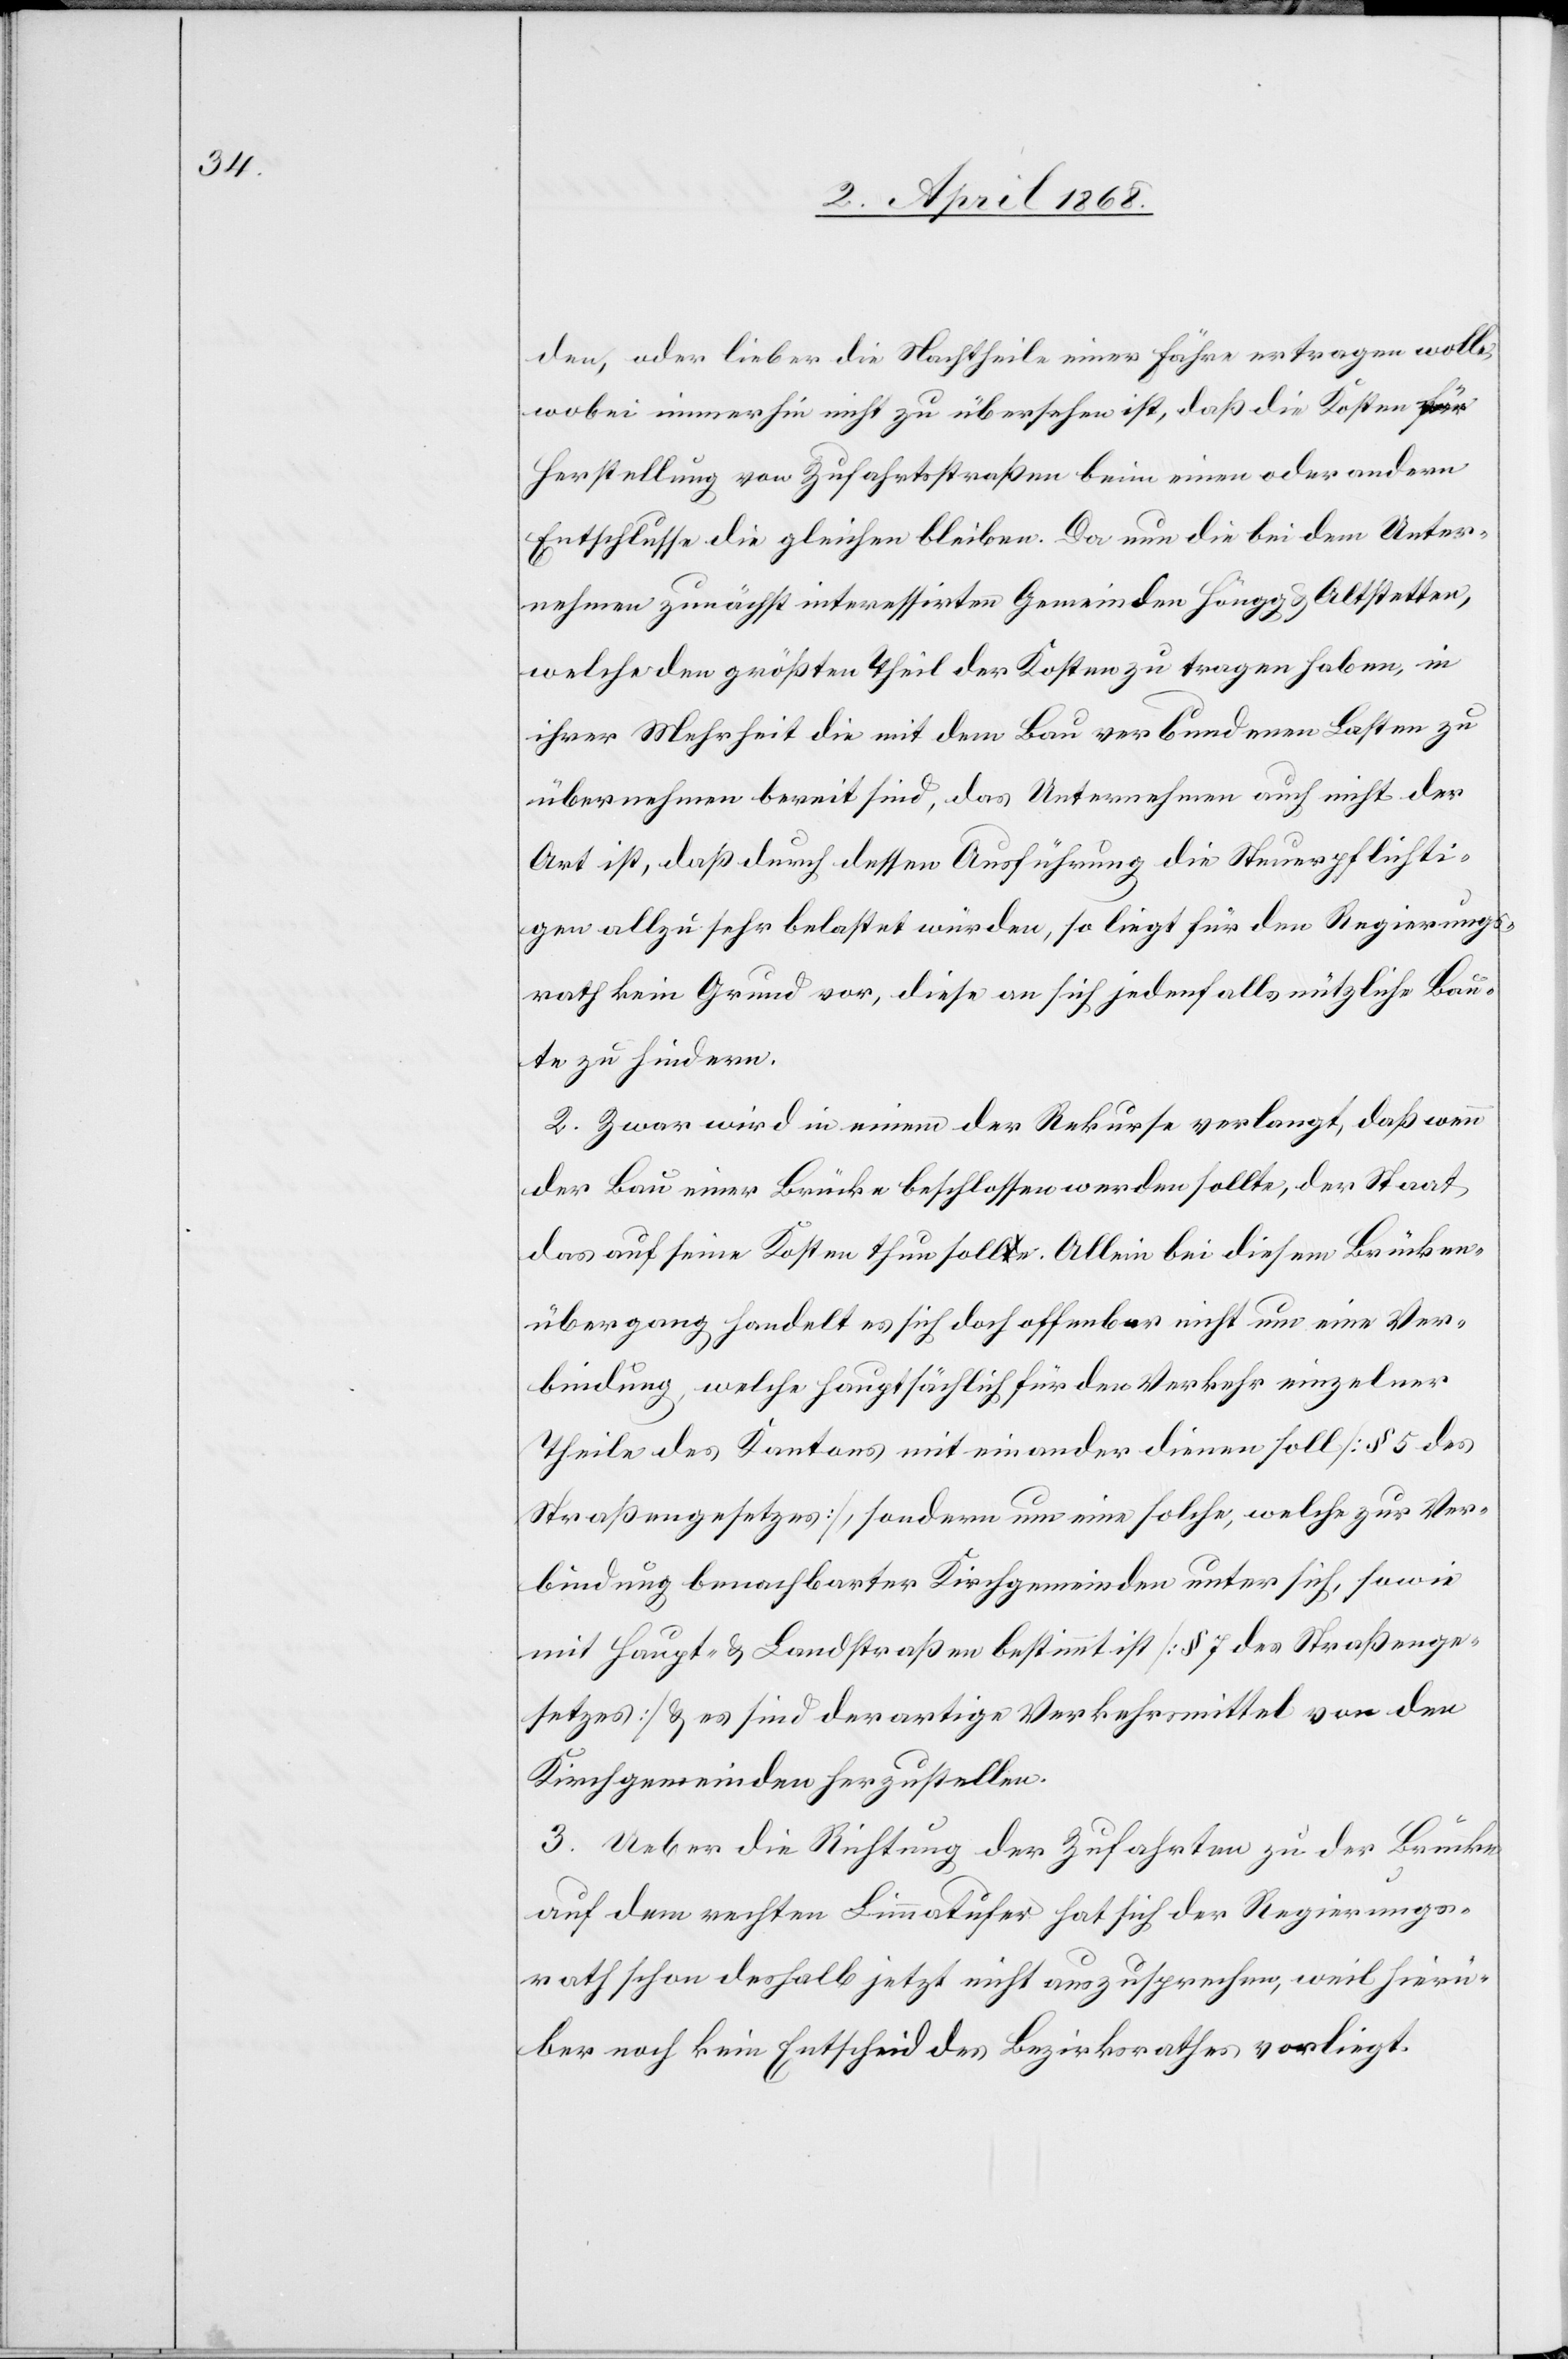
den, oder lieber die Nachtheile einer Fähre ertragen wolle,
wobei immerhin nicht zu übersehen ist, daß die Kosten für
Herstellung von Zufahrtsstraßen beim einen oder andern
Entschlusse die gleichen bleiben. Da nun die bei dem Unter¬
nehmen zunächst interessirten Gemeinden Höngg & Altstetten,
welche den größten Theil der Kosten zu tragen haben, in
ihrer Mehrheit die mit dem Bau verbundenen Lasten zu
übernehmen bereit sind, das Unternehmen auch nicht der
Art ist, daß durch dessen Ausführung die Steuerpflichti¬
gen allzu sehr belastet würden, so liegt für den Regierungs¬
rath kein Grund vor, diese an sich jedenfalls nützliche Bau¬
te zu hindern.
2. Zwar wird in einem der Rekurse verlangt, daß wenn
der Bau einer Brücke beschlossen werden sollte, der Staat
das auf seine Kosten thun solle. Allein bei diesem Brücken¬
übergang handelt es sich doch offenbar nicht um eine Ver¬
bindung, welche hauptsächlich für den Verkehr einzelner
Theile des Kantons mit einander dienen soll [§ 5 des
Straßengesetzes], sondern um eine solche, welche zur Ver¬
bindung benachbarter Kirchgemeinden unter sich, sowie
mit Haupt- & Landstraßen bestimmt ist [§ 7 des Straßenge¬
setzes] & es sind derartige Verkehrsmittel von den
Kirchgemeinden herzustellen.
3. Ueber die Richtung der Zufahrten zu der Brücke
auf dem rechten Limmatufer hat sich der Regierungs¬
rath schon deshalb jetzt nicht auszusprechen, weil hierü¬
ber noch kein Entscheid des Bezirksrathes vorliegt.